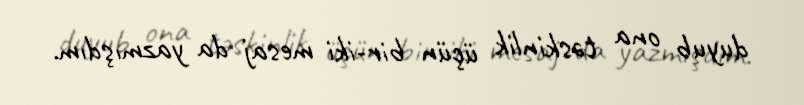
duyub ona təskinlik üçün bir-iki mesaj da yazmışdım.